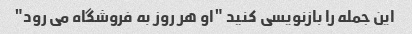
این جمله را بازنویسی کنید "او هر روز به فروشگاه می رود"